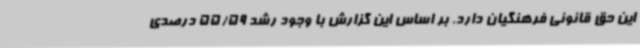
این حق قانونی فرهنگیان دارد. بر اساس این گزارش با وجود رشد 55/59 درصدی